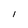
Character: l